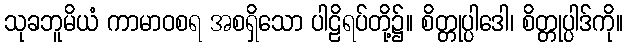
သုခဘူမိယံ ကာမာဝစရ အစရှိသော ပါဠိရပ်တို့၌။ စိတ္တုပ္ပါဒေါ၊ စိတ္တုပ္ပါဒ်ကို။